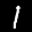
Label: 1